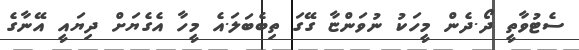
ސެޓުވާތީ ދޯ.ދެން މީހަކު ނުވަންޏާ ގޭގަ ތިބެބަލަ.އެ މީހާ އެގެޔަށް ދިޔައީ އޭނާގެ